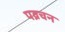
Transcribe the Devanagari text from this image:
पव्रचन